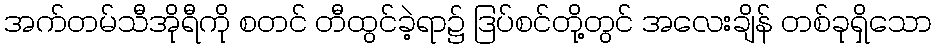
အက်တမ်သီအိုရီကို စတင် တီထွင်ခဲ့ရာ၌ ဒြပ်စင်တို့တွင် အလေးချိန် တစ်ခုရှိသော